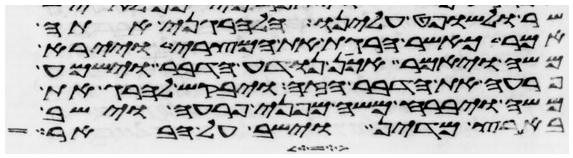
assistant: שר ולשופט עלינו הלהרגני אתה
אמר כאשר הרגת את המצרי ויירא
משה ויאמר אכן נודע הדבר וישמע
פרעה את הדבר הזה ויבקש להרג את
משה ויברח משה מפני פרעה וישב
בארץ מדין וישב על הבאר